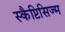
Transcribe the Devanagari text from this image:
स्कैप्टिसिज्म